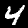
Digit: 4